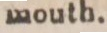
mouth.